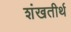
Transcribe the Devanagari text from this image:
शंखतीर्थ